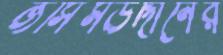
জসিমউদ্দীনের